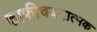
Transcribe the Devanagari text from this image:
काफीचयनात्मक